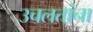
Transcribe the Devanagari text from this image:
उचलतांना